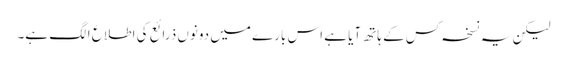
لیکن یہ نسخہ کس کے ہاتھ آیا ہے اس بارے میں دونوں ذرائع کی اطلاع الگ ہے۔